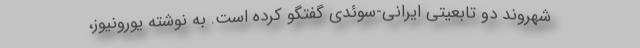
شهروند دو تابعیتی ایرانی-سوئدی گفتگو کرده است. به نوشته یورونیوز،